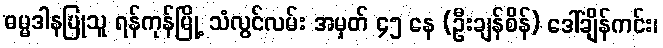
ဓမ္မဒါနပြုသူ ရန်ကုန်မြို့ သံလွင်လမ်း အမှတ် ၄၅ နေ (ဦးချန်စိန်) ဒေါ်ချိန်ကင်း၊